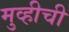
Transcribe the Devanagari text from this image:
मुव्हीची